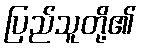
ပြည်သူတို့၏